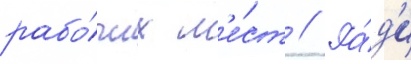
рабо́чих м'е́ст // Ра́д'и